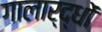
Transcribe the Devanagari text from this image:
गालार्द्धों